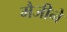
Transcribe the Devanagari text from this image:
मैजीने